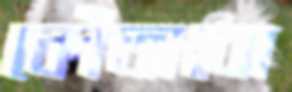
কোঁতাবো